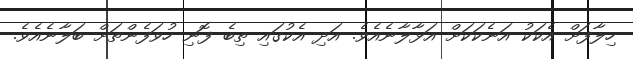
ހިލާފަށް އެކަކު އަނެކަކަށް އަޅާލާނެއެެވެ. އަދި އެކުގައި ތިބެ ފޮނި ހުވަފެންތަށް ބަލާނެއެވެ.